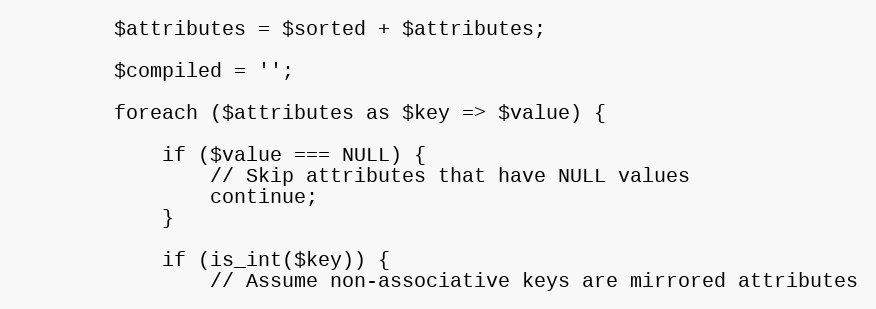
Language: PHP
        $attributes = $sorted + $attributes;

        $compiled = '';

        foreach ($attributes as $key => $value) {

            if ($value === NULL) {
                // Skip attributes that have NULL values
                continue;
            }

            if (is_int($key)) {
                // Assume non-associative keys are mirrored attributes